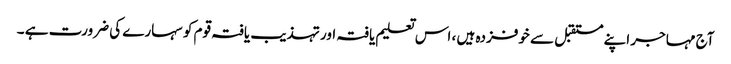
آج مہاجر اپنے مستقبل سے خوفزدہ ہیں ، اس تعلیم یافتہ اور تہذیب یافتہ قوم کو سہارے کی ضرورت ہے ۔